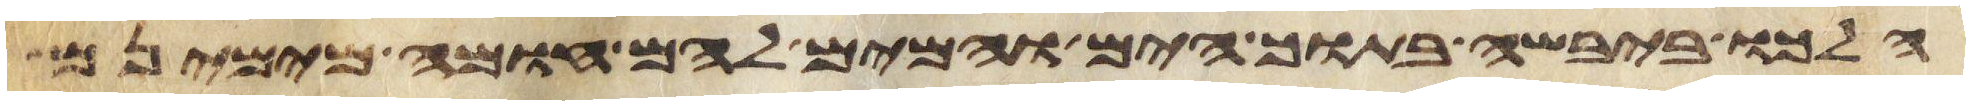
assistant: הלכו ביבשה בתוך הים והמים להם חומה מימינם